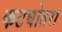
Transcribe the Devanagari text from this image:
कटघोतरा